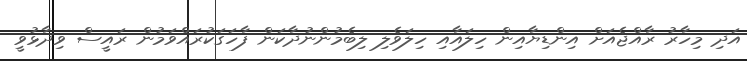
އަދި މިހާރު ރާއްޖެއަށް އިންޑިޔާއިން ހިލައާއި ހިލަވެލި ލިބެމުންނުދާކަން ފާހަގަކުރައްވަމުން ރައީސް ވިދާޅުވީ